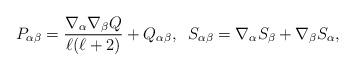
LaTeX: \begin{align*}P_{\alpha\beta}=\frac{\nabla_{\alpha}\nabla_{\beta}Q}{\ell(\ell+2)}+Q_{\alpha\beta} ,\;\;S_{\alpha\beta}=\nabla_{\alpha}S_{\beta}+\nabla_{\beta}S_{\alpha},\end{align*}